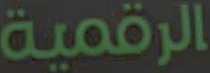
الرقمية